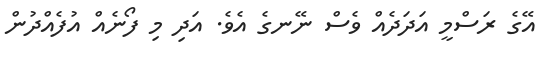
އޭގެ ރަސްމީ އަދަދެއް ވެސް ނޭނގެ އެވެ. އަދި މި ފޯނެއް އުފެއްދުން